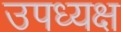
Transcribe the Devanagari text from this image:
उपध्यक्ष